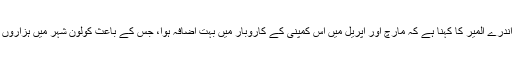
اس کمپنی کے جرمن دفتر کے سربراہ اندرے المیر کا کہنا ہے کہ مارچ اور اپریل میں اس کمپنی کے کاروبار میں بہت اضافہ ہوا، جس کے باعث کولون شہر میں ہزاروں لوگ سائیکل پر گھومتے پھر رہے ہیں۔